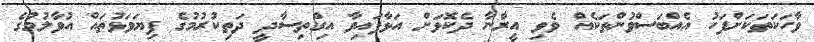
ވާހަކަތަކަށްފަހު އެއްބަސްވުންތަކެއް ވެވި އީރާނާ ދެކޮޅަށް އަޅާފައިވާ އިގްތިސާދީ ދަތިކުރުމުގެ ފިޔަވަޅުތައް އުވާލުމުގެ